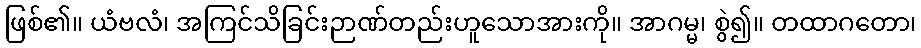
ဖြစ်၏။ ယံဗလံ၊ အကြင်သိခြင်းဉာဏ်တည်းဟူသောအားကို။ အာဂမ္မ၊ စွဲ၍။ တထာဂတော၊